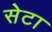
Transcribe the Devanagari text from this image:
सेटा